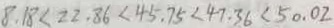
8 . 1 8 < 2 2 . 8 6 < 4 5 . 7 5 < 4 7 . 3 6 < 5 0 . 0 2